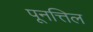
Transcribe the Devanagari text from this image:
पूनत्तिल